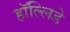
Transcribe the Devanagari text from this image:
हॉल्लिडे